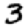
Digit: 3